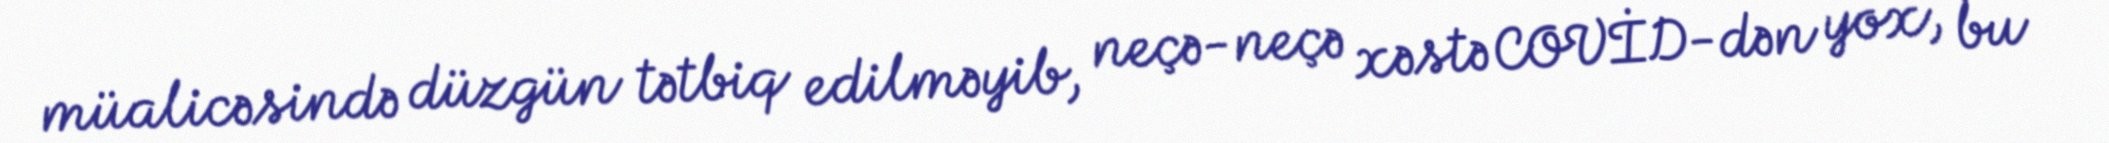
müalicəsində düzgün tətbiq edilməyib, neçə-neçə xəstə COVİD-dən yox, bu